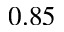
0 . 8 5